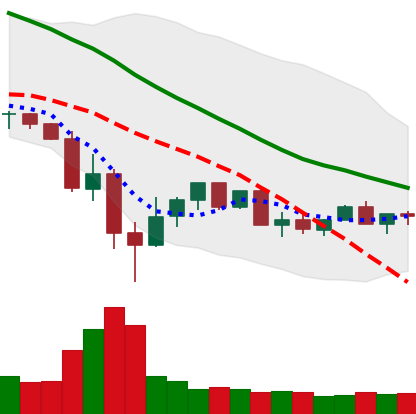
Ticker: XLM-USD
Chart end date: 2022-05-25
Forward return: 8.475%
Label: up_7plus